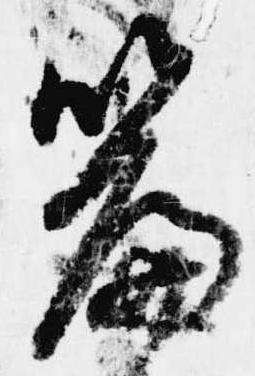
篇